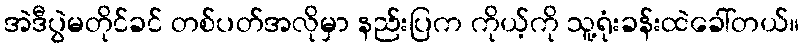
အဲဒီပွဲမတိုင်ခင် တစ်ပတ်အလိုမှာ နည်းပြက ကိုယ့်ကို သူ့ရုံးခန်းထဲခေါ်တယ်။